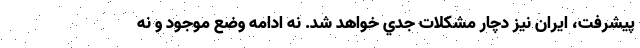
پيشرفت، ايران نيز دچار مشكلات جدي خواهد شد. نه ادامه وضع موجود و نه